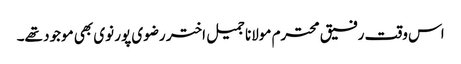
اس وقت رفیق محترم مولانا جمیل اختر رضوی پور نوی بھی موجود تھے۔